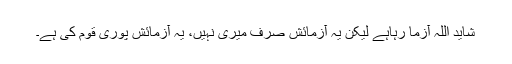
شاید اللہ آزما رہاہے لیکن یہ آزمائش صرف میری نہیں، یہ آزمائش پوری قوم کی ہے۔